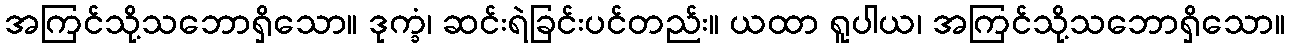
အကြင်သို့သဘောရှိသော။ ဒုက္ခံ၊ ဆင်းရဲခြင်းပင်တည်း။ ယထာ ရူပါယ၊ အကြင်သို့သဘောရှိသော။